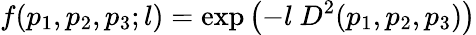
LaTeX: f(p_{1},p_{2},p_{3};l)=\mathrm{exp}\left(-l\ D^{2}(p_{1},p_{2},p_{3})\right)